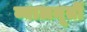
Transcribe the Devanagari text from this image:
व्यालमूर्ती